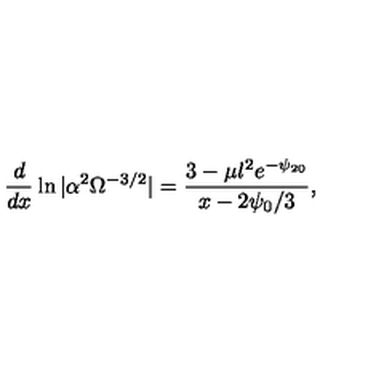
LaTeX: \frac { d } { d x } \ln | \alpha ^ { 2 } \Omega ^ { - 3 / 2 } | = \frac { 3 - \mu l ^ { 2 } e ^ { - \psi _ { 2 0 } } } { x - 2 \psi _ { 0 } / 3 } ,